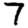
Digit: 7